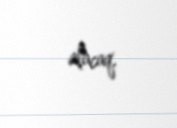
alacaq.